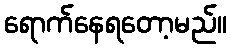
ရောက်နေရတော့မည်။